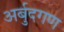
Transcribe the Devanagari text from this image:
अर्बुदगण